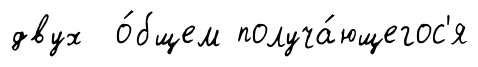
двух о́бщем получа́ющегос'я